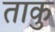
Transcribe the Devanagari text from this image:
ताकु